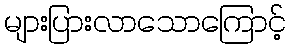
များပြားလာသောကြောင့်